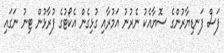
ފަސް ފަނޑިޔާރުންގެ ސޮޔާއެކު ނެރުނު އަމުރާއި ގުޅިގެން އެކޯޓުގެ ފުރާޅުން ޓިނު ނަގައި